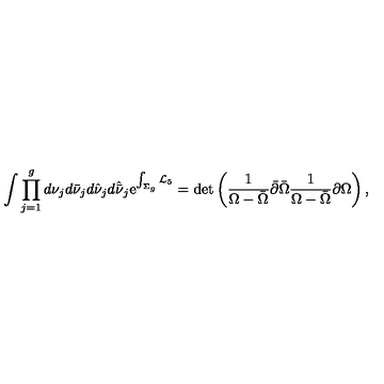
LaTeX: \int \prod _ { j = 1 } ^ { g } d \nu _ { j } d \bar { \nu } _ { j } d \hat { \nu } _ { j } d \hat { \bar { \nu } } _ { j } \mathrm { e } ^ { \int _ { \Sigma _ { g } } { \cal L } _ { 5 } } = \det \left( { \frac { 1 } { \Omega - \bar { \Omega } } } \bar { \partial } \bar { \Omega } { \frac { 1 } { \Omega - \bar { \Omega } } } \partial \Omega \right) ,